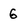
Character: 6